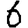
Digit: 6